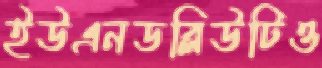
ইউএনডব্লিউটিও